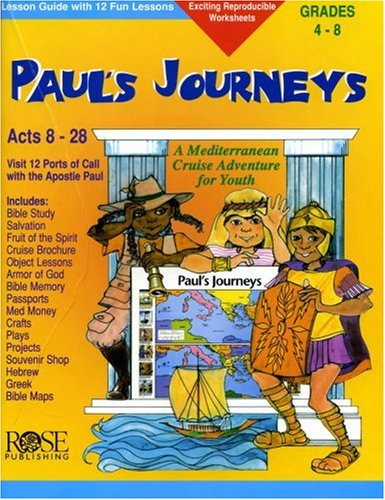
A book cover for Paul's Journeys: Lesson Guide with 12 Fun Lessons (Take Your Students on a Cruise); Nancy Fisher; Christian Books & Bibles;